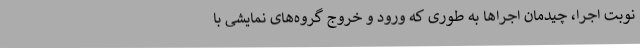
نوبت اجرا، چیدمان اجراها به طوری که ورود و خروج گروه‌های نمایشی با